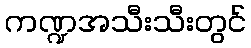
ကဏ္ဍအသီးသီးတွင်